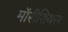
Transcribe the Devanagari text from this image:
मॉरीशियस